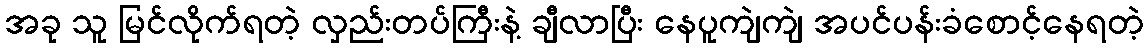
အခု သူ မြင်လိုက်ရတဲ့ လှည်းတပ်ကြီးနဲ့ ချီလာပြီး နေပူကျဲကျဲ အပင်ပန်းခံစောင့်နေရတဲ့